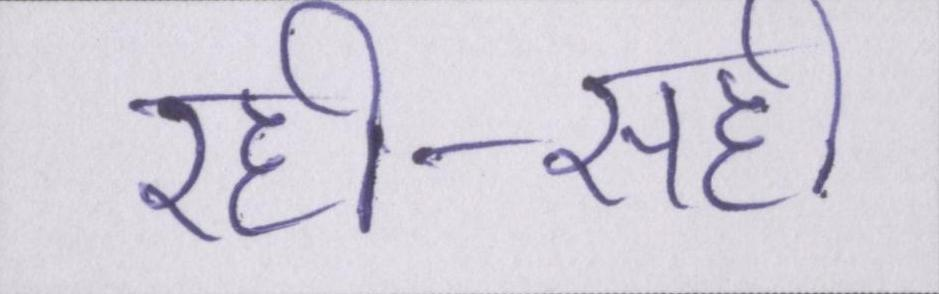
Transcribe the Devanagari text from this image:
रही-सही